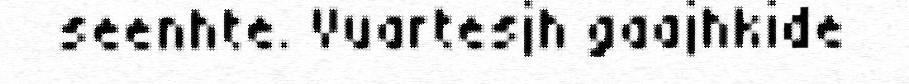
seenhte. Vuartesjh gaajhkide